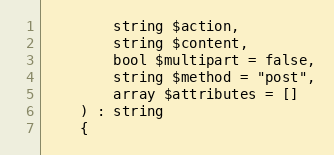
Language: PHP
        string $action,
        string $content,
        bool $multipart = false,
        string $method = "post",
        array $attributes = []
    ) : string
    {